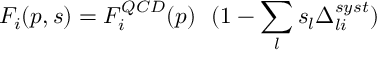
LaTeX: F _ { i } ( p , s ) = F _ { i } ^ { Q C D } ( p ) ~ ~ ( 1 - \sum _ { l } s _ { l } \Delta _ { l i } ^ { s y s t } )